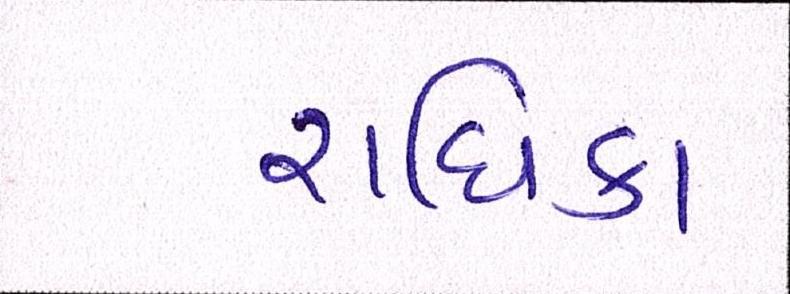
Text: રાધિકા